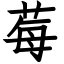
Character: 莓